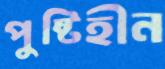
পুষ্টিহীন